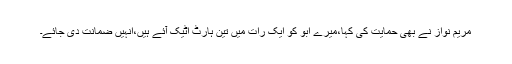
مریم نواز نے بھی حمایت کی کہا،میرے ابو کو ایک رات میں تین ہارٹ اٹیک آئے ہیں،انہیں ضمانت دی جائے۔